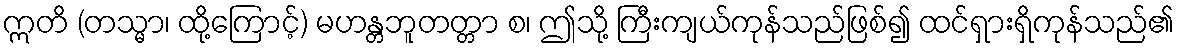
ဣတိ (တသ္မာ၊ ထို့ကြောင့်) မဟန္တဘူတတ္တာ စ၊ ဤသို့ ကြီးကျယ်ကုန်သည်ဖြစ်၍ ထင်ရှားရှိကုန်သည်၏